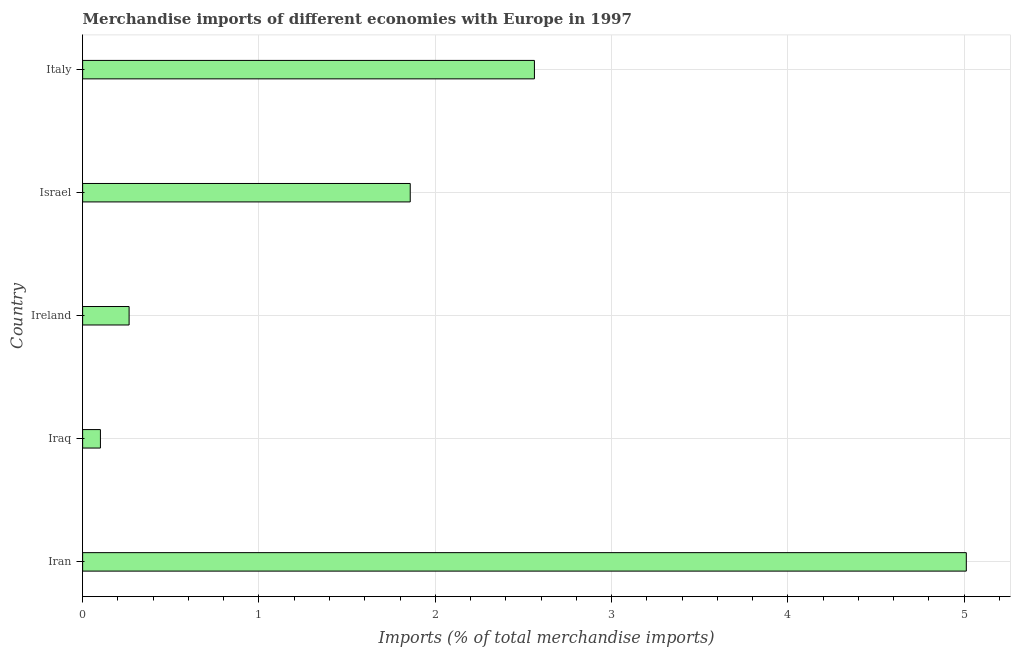
| Country | Merchandise imports |
 | --- | --- |
 | Iran | 5.01 |
 | Iraq | 0.101 |
 | Ireland | 0.264 |
 | Israel | 1.86 |
 | Italy | 2.56 |